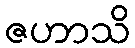
ဇဟာသိ